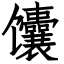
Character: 馕